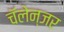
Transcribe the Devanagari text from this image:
चॅलेन्जर